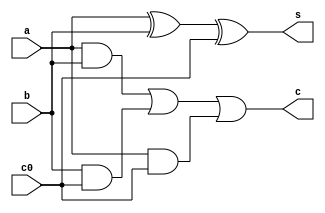
`timescale 1ns / 1ps
/////////////////////////////////////////////////////////////////////////////////

//Assignment Number: 1
//Problem number: 1b
//Group Number: 12
//Names of group members: K Sai Santhoshi Niharika(19CS10037),Surkanti Akshitha(19CS30049)

//////////////////////////////////////////////////////////////////////////////////

module full_adder(a, b, c0, s, c);

	input a;

	input b;

	input c0;

	output s;

	output c;

	assign s=(a^b^c0);

	assign c=((a&b)|(b&c0)|(a&c0));

endmodule



////////////////////////////////////////////////////////////////////////////////////////////////////

//	 Delay:               1.246ns (Levels of Logic = 3)
//  Source:            a (PAD)
//  Destination:       s (PAD)

// Data Path: a to s
//                               Gate     Net
//    Cell:in->out      fanout   Delay   Delay  Logical Name (Net Name)
//    ----------------------------------------  ------------
//     IBUF:I->O             2   0.001   0.722  a_IBUF (a_IBUF)
//     LUT3:I0->O            1   0.124   0.399  s1 (s_OBUF)
//     OBUF:I->O                 0.000          s_OBUF (s)
//    ----------------------------------------
//    Total                      1.246ns (0.125ns logic, 1.121ns route) (10.0% logic, 90.0% route)

////////////////////////////////////////////////////////////////////////////////////////////////////